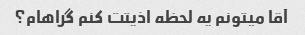
آقا میتونم یه لحظه اذیتت کنم گراهام؟